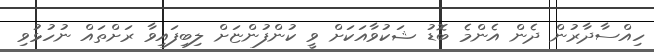
ހިއްސާދާރުން ދެން އެންމެ ބޮޑު ޝަކުވާއަކަށް ވީ ކުންފުންޏަށް ލިބިފައިވާ ރަށްތައް ނުހުޅުވި